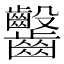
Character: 𪚆